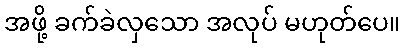
အဖို့ ခက်ခဲလှသော အလုပ် မဟုတ်ပေ။